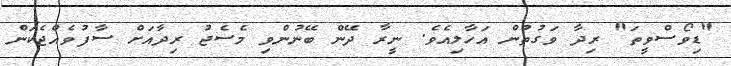
"ޑިވޯސްވީތަ" ރިދާ ވަގުތުން އަހާލިއެވެ. ނީރާ ދޭން ބޭނުންވި މެސެޖު ރިދާއަށް ސާފުވެއްޖެކަން